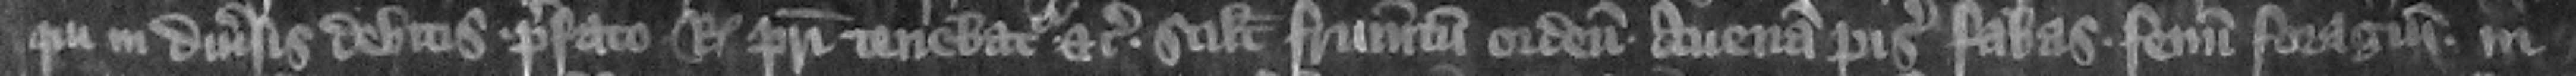
qui in diuersis debitis prefato regi patri tenebatur etc. scilicet frumentum ordeum auenam pisas fabas fenum foragium